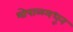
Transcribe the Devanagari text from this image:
भोपाळमधून